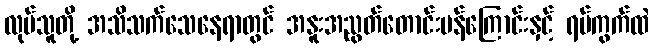
လုပ်သူတို့ အသိသက်သေနေရာတွင် အနူးအညွတ်တောင်းပန်ကြောင်းနှင့် ရပ်ကွက်ထဲ